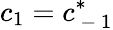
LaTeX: c_{1}=c_{\mathrm{~-~}1}^{*}